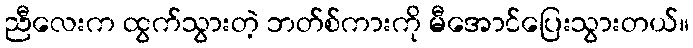
ညီလေးက ထွက်သွားတဲ့ ဘတ်စ်ကားကို မီအောင်ပြေးသွားတယ်။